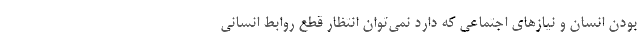
بودن انسان و نیازهای اجتماعی که دارد نمی‌توان انتظار قطع روابط انسانی